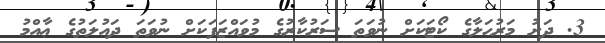
3. ދަށު މަރުޙަލާގެ ކޯޓަކަށް ނުވަތަ ސަރުކާރުގެ މުވައްޒަފަކަށް ނުވަތަ ދައުލަތުގެ ޢާއްމު